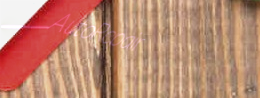
AutoRepair